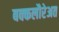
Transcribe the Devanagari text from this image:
बक्कलौरेअत